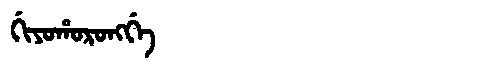
Manchu: ᡤᡳᠶᠣᡥᠣᡵᠣᠩᡤᡝ
Romanization: GIYOHORONGGE